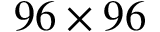
9 6 \times 9 6